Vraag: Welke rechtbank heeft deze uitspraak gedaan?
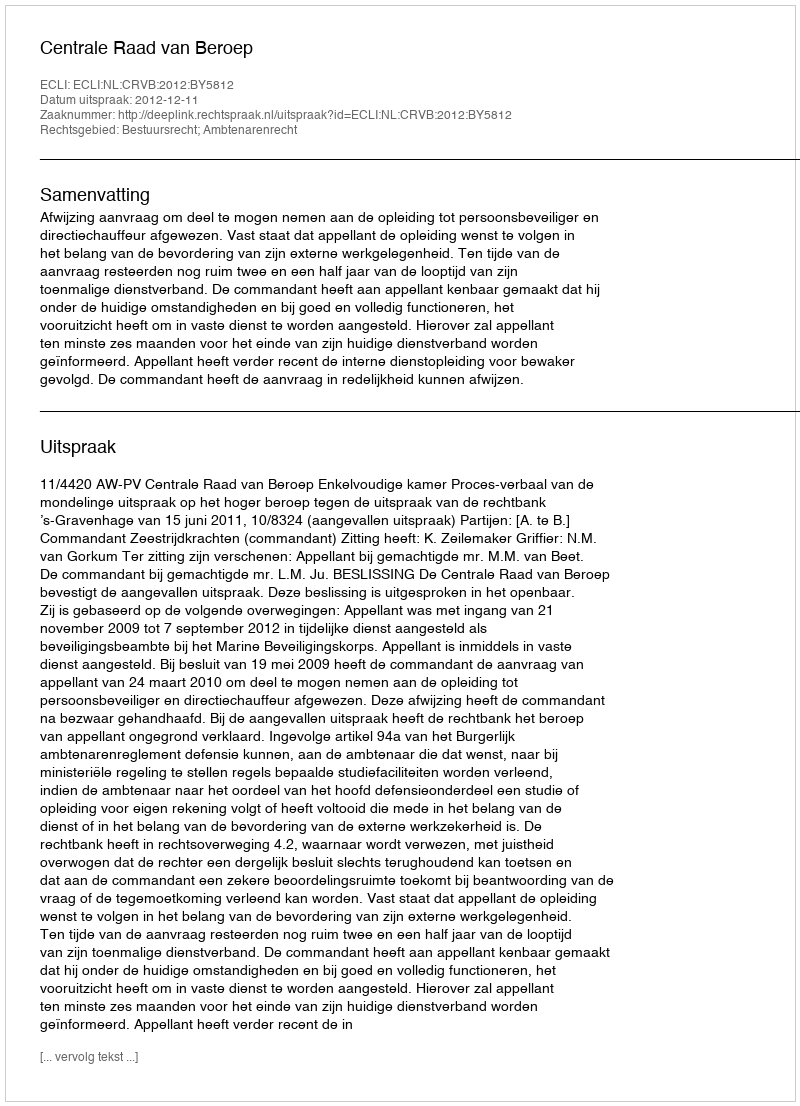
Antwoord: Centrale Raad van Beroep